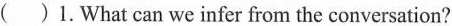
( )1.What can we infer from the conversation?